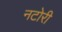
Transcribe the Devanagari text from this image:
नटोरी